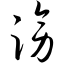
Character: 滂